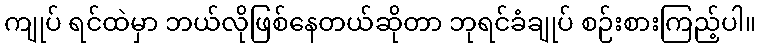
ကျုပ် ရင်ထဲမှာ ဘယ်လိုဖြစ်နေတယ်ဆိုတာ ဘုရင်ခံချုပ် စဉ်းစားကြည့်ပါ။